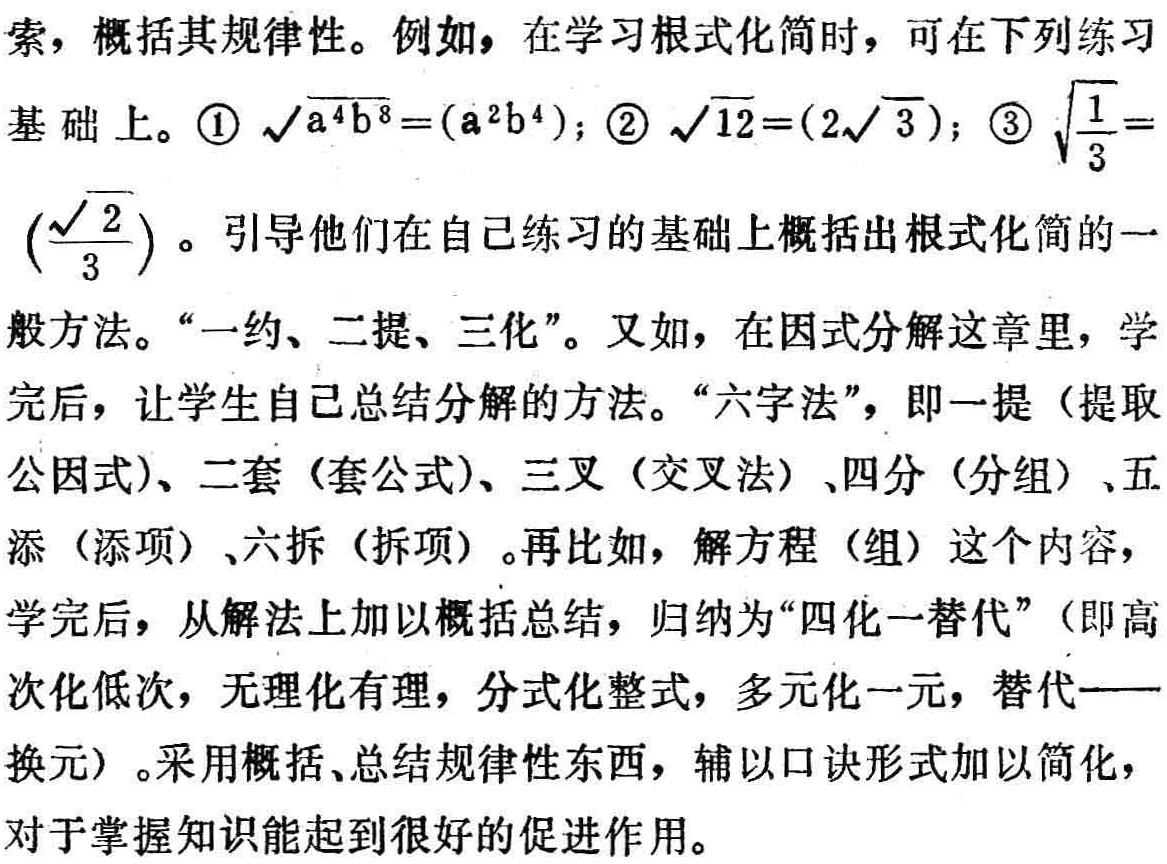
索，概括其规律性。例如，在学习根式化简时，可在下列练习

基础上。\textcircled{1}$\sqrt{a^{4}b^{8}}=(a^{2}b^{4})$；\textcircled{2}$\sqrt{12}=(2\sqrt{3})$；\textcircled{3}$\sqrt{\frac{1}{3}} = (\frac{\sqrt{2}}{3})$。引导他们在自己练习的基础上概括出根式化简的一

般方法。“一约、二提、三化”。又如，在因式分解这章里，学

完后，让学生自己总结分解的方法。“六字法”，即一提（提取

公因式）、二套（套公式）、三叉（交叉法）、四分（分组）、五

添（添项）、六拆（拆项）。再比如，解方程（组）这个内容，

学完后，从解法上加以概括总结，归纳为“四化一替代”（即高

次化低次，无理化有理，分式化整式，多元化一元，替代——

换元）。采用概括、总结规律性东西，辅以口诀形式加以简化，

对于掌握知识能起到很好的促进作用。